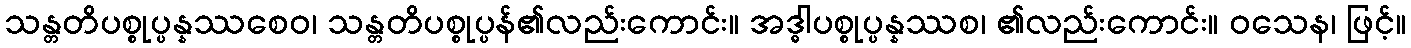
သန္တတိပစ္စုပ္ပန္နဿစေဝ၊ သန္တတိပစ္စုပ္ပန်၏လည်းကောင်း။ အဒ္ဓါပစ္စုပ္ပန္နဿစ၊ ၏လည်းကောင်း။ ဝသေန၊ ဖြင့်။